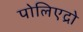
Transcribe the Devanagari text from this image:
पोलिएद्रो